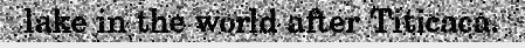
lake in the world after Titicaca.